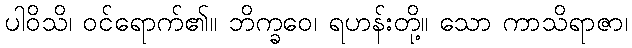
ပါဝိသိ၊ ဝင်ရောက်၏။ ဘိက္ခဝေ၊ ရဟန်းတို့။ သော ကာသိရာဇာ၊